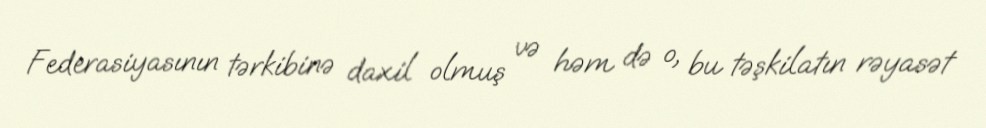
Federasiyasının tərkibinə daxil olmuş və həm də o, bu təşkilatın rəyasət